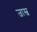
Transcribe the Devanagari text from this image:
जास्व